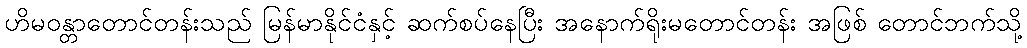
ဟိမဝန္တာတောင်တန်းသည် မြန်မာနိုင်ငံနှင့် ဆက်စပ်နေပြီး အနောက်ရိုးမတောင်တန်း အဖြစ် တောင်ဘက်သို့